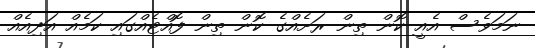
ނަމަވެސް އެއީ ކޮން ތިން ރަށެއްގެ ކޮން ތިން ފޮއްޓެއްގައި ކަމެއް އަދިއެއް